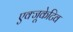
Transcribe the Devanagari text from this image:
एक्‍जूकेटिव